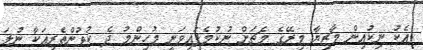
އެކު ނިކުއިން މާޒިޔާ މިރޭގެ މެޗަށް ނުކުމެފައިވަނީ މުހިންމު ދެ ކުޅުންތެރިއަކާ ނުލަ